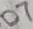
Text: D7